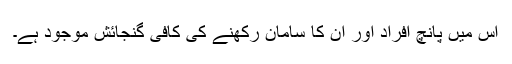
اس میں پانچ افراد اور ان کا سامان رکھنے کی کافی گنجائش موجود ہے۔